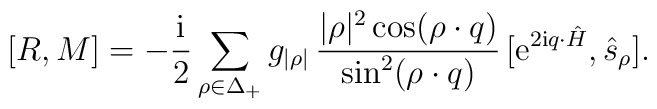
[R,M]=-{\rm i\over2}\sum_{\rho\in\Delta_{+}}g_{|\rho|}\thinspace       {|\rho|^2\cos(\rho\cdot q)\over{\sin^{2}(\rho\cdot q)}}       \thinspace[{\rm e}^{2{\rm    i}q\cdot\hat{H}       }, \hat{s}_{\rho}].